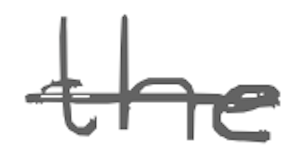
Text: the
Cross-out: single-line
Writing tool: digital_gray